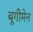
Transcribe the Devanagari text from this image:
बूगीमेन